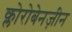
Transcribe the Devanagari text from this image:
क्लोरोबेनज़ीन